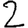
Digit: 2